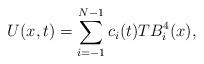
LaTeX: \begin{align*} U(x,t)=\sum\limits_{i=-1}^{N-1} c_i(t) TB_i^4 (x),\end{align*}